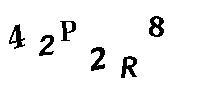
42P2R8